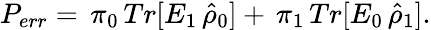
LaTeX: \begin{array}{r}{P_{err}=\, \pi_{0}\, Tr[E_{1}\, \hat{\rho}_{0}]+\, \pi_{1}\, Tr[E_{0}\, \hat{\rho}_{1}].}\end{array}